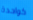
كواحدة